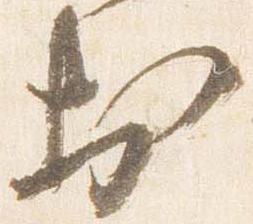
於